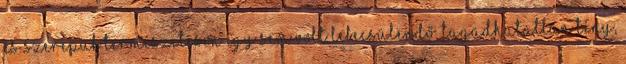
és szerepük természetesen így sem volt lebecsülendő. Tagadhatatlan tény,